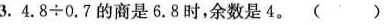
3.$$4.8÷0.7$$的商是6.8时，余数是4。()